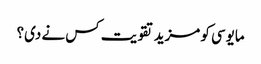
مایوسی کو مزید تقویت کس نے دی؟